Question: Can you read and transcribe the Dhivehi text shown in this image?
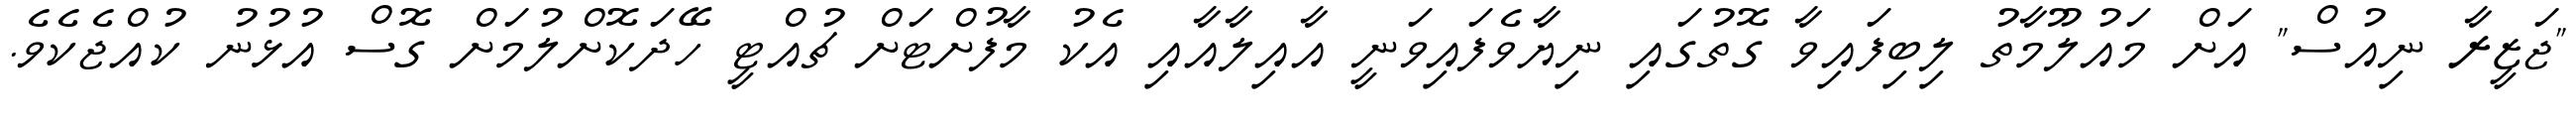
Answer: "ޖަޒީރާ ނިއުސް" އަށް މައުލޫމާތު ލިބިފައިވާ ގޮތުގައި ނިޔާވެފައިވަނީ އާއިލާއާއި އެކު މާފުށްޓަށް ޗުއްޓީ ހޭދަކޮށްލުމަށް ގޮސް އުޅުނު ކުއްޖެކެވެ.